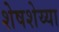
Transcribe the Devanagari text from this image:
शेषशेय्या